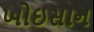
ખોઇસાન